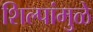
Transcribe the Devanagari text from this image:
शिल्पांमुळे